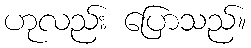
ဟုလည်း ပြောသည်။